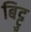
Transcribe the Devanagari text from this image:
बिट्टु